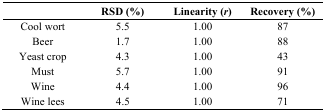
|  | RSD (%) | Linearity (r) | Recovery (%) |
 | --- | --- | --- | --- |
 | Cool wort | 5.5 | 1.00 | 87 |
 | Beer | 1.7 | 1.00 | 88 |
 | Yeast crop | 4.3 | 1.00 | 43 |
 | Must | 5.7 | 1.00 | 91 |
 | Wine | 4.4 | 1.00 | 96 |
 | Wine lees | 4.5 | 1.00 | 71 |